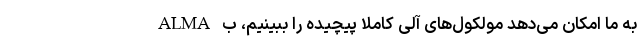
ALMA به ما امکان می‌دهد مولکول‌های آلی کاملاً پیچیده را ببینیم، ب